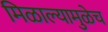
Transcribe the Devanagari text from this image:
मिळाल्यामुळेच